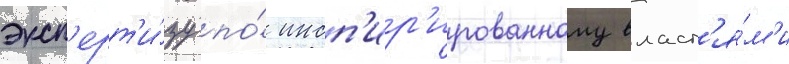
эксп'ерт'и́зу по́ инсп'ир'ированному власт'я́м'и